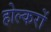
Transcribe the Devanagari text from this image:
होल्करों